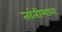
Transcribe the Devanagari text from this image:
तांतीमारा